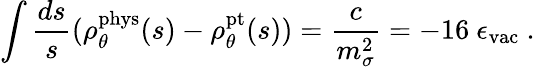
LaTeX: \int\frac{ds}{s}(\rho_{\theta}^{\mathrm{phys}}(s)-\rho_{\theta}^{\mathrm{pt}}(s))=\frac{c}{m_{\sigma}^{2}}=-16\ \epsilon_{\mathrm{vac}}\ .